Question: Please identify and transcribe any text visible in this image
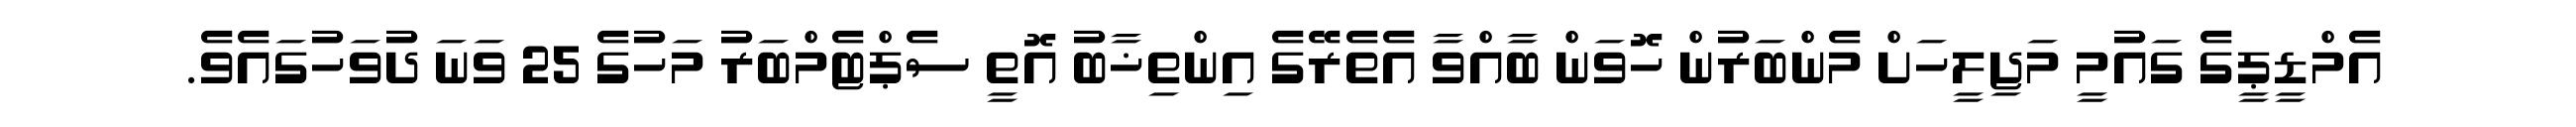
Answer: އެމްޑީޕީގެ ގައުމީ މަޖިލީހަށް މެންބަރުން ހޮވަން ބާއްވާ އެތެރޭގެ އިންތިޚާބު އޮތީ ސެޕްޓެމްބަރު މަހުގެ 25 ވަނަ ދުވަހުގައެވެ.